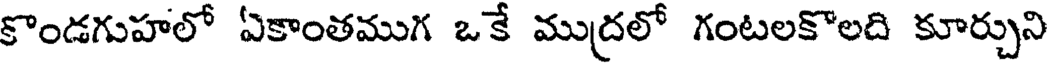
కొండగుహలో ఏకాంతముగ ఒకే ముద్రలో గంటలకొలది కూర్చుని